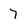
Character: 7